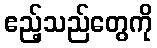
ဧည့်သည်တွေကို